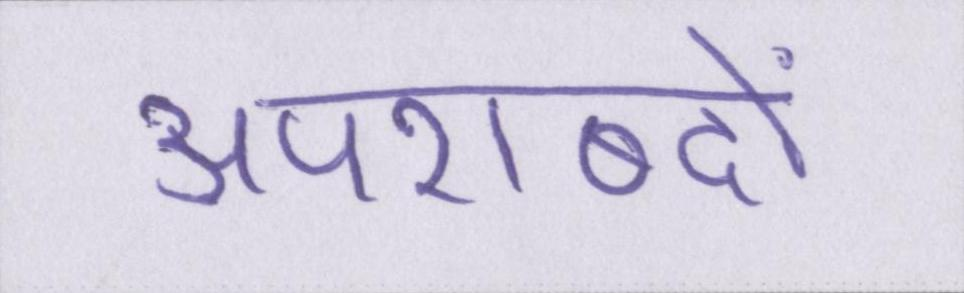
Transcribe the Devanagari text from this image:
अपशब्दों